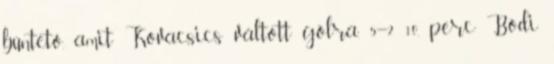
büntető, amit Kovacsics váltott gólra. 5–2 10. perc Bódi